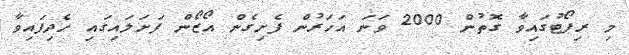
މި ރިޕޯޓުގައިވާ ގޮތުން 2000 ވަނަ އަހަރުން ފެށިގެން އޯޒޯން ފަށަލައިގައި ހެދިފައިވާ